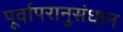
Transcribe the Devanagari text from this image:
पूर्वापरानुसंधान